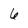
Character: 6